Report on lock hospitals in British Burma
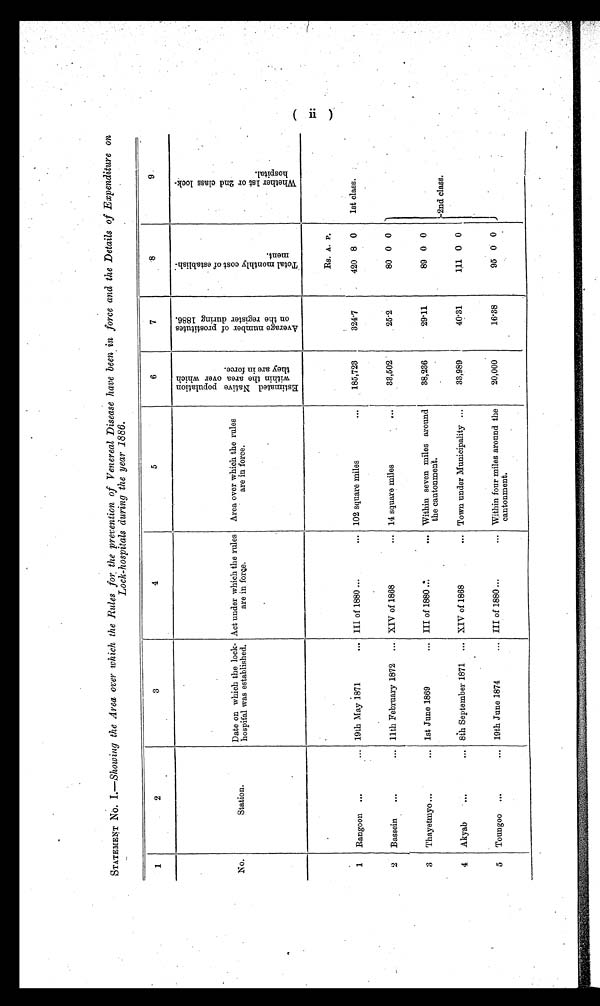
STATEMENT NO. I.—Showing the Area over which the Rules for the prevention of Venereal Disease have been in force and the Details of Expenditure on
Lock-hospitals during the year 1886.
1
2
3
4
5
6
7
8
9
No.
Station .
Date on which the lock-
hospital was established,
Act under which the rules
are in force.
Area over which the rules
are in force.
E s t i m a t e N a t i v e p o p u l a t i o n w i t h i n t h e a r e a o v e r w h i c h t h e y a r e i n f o r c e .
A v e r a g e n u m b e r o f p r o s t i t u t e s o n t h e r e g i s t e r d u r i n g 1 8 8 6 .
T o t a l m o n t h l y c o s t o f e s t a b l i s h - m e n t .
W h e t h e r 1 s t o r 2 n d c l a s s l o c k - h o s p i t a l .
Rs. A. P.
1
Rangoon ...
... 19th May 1871
... III of 1880 ...
... 102 square miles...
185 723
,
324.7
420 8 0
1st class.
2
Bassein
...
... 11th February 1872
... XIV of 1868
... 14 square miles
. .
. .
33,502
25 . 2
80 0 0
3
Thayetmyo ...
... 1st June 1869
... III of 1880 ..
...
.
Within seven miles around
the cantonment.
38,236
29 11
89 0 0
2nd class.
4
Akyab
... 8th September 1871 ... XIV of 1868
... Town under Municipality ...
33,989
40.31
111 0 0
5
Toungoo ...
... 19th June 1874
... III of 1880 ...
... Within four miles around the
cantonment.
20,000
16.88
95 0 0
II